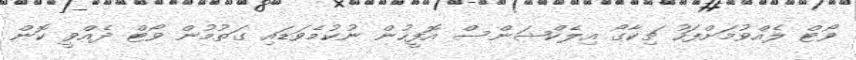
ވޯޓް ލެއްވުމަށްފަހު ޗިކާގޯ އިލެކްޝަންސް އޮފީހުން ނުކުމެވަޑައި ގަތުމުން ވޯޓް ދެއްވީ ކޮން